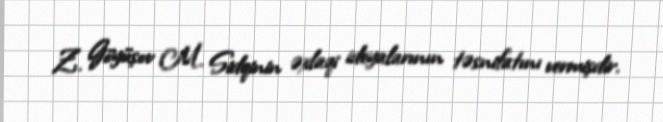
Z. Göyüşov M. Sidqinin əxlaqi ideyalarının təsnifatını vermişdir.